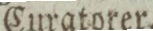
Curatorer.